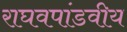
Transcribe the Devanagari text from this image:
राघवपांडवीय